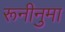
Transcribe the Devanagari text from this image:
रूनीनुमा